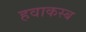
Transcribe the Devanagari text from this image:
हवाकस्‍ब